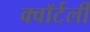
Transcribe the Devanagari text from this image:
क्वॉर्टर्ली